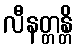
လီနတ္တန္တိ